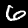
Label: 6